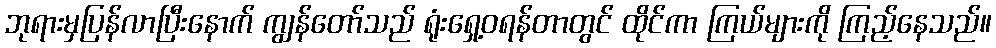
ဘုရားမှပြန်လာပြီးနောက် ကျွန်တော်သည် ရုံးရှေ့ဝရန်တာတွင် ထိုင်ကာ ကြယ်များကို ကြည့်နေသည်။